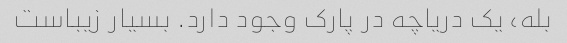
بله، یک دریاچه در پارک وجود دارد. بسیار زیباست